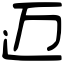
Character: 迈